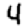
Digit: 4